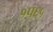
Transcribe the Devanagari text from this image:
१प६५